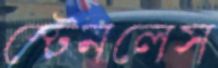
স্টেনলেস